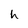
Character: h